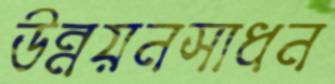
উন্নয়নসাধন